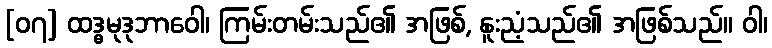
[၀၇] ထဒ္ဓမုဒုဘာဝေါ၊ ကြမ်းတမ်းသည်၏ အဖြစ်, နူးညံ့သည်၏ အဖြစ်သည်။ ဝါ၊